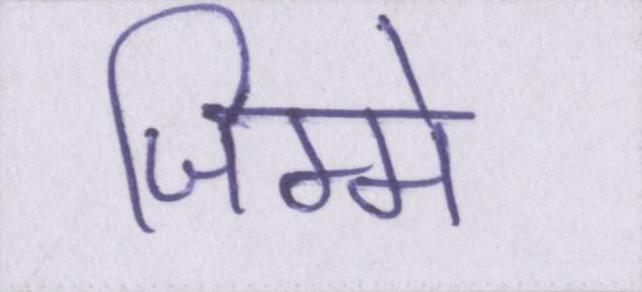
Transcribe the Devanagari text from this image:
जिम्मे